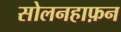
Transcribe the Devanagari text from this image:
सोलनहाफ़न